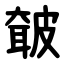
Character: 㿴